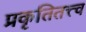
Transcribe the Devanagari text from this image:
प्रकृतितत्त्व